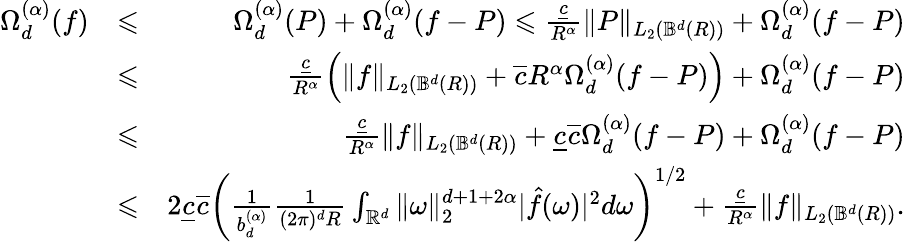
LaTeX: \begin{array}{rlr}{\Omega_{d}^{(\alpha)}(f)}&{\leqslant}&{\Omega_{d}^{(\alpha)}(P)+\Omega_{d}^{(\alpha)}(f-P)\leqslant\frac{\underline{{c}}}{R^{\alpha}}\| P\| _{L_{2}({\mathbb B}^{d}(R))}+\Omega_{d}^{(\alpha)}(f-P)}\\ &{\leqslant}&{\frac{\underline{{c}}}{R^{\alpha}}\Big(\| f\| _{L_{2}({\mathbb B}^{d}(R))}+\overline{{c}}R^{\alpha}\Omega_{d}^{(\alpha)}(f-P)\Big)+\Omega_{d}^{(\alpha)}(f-P)}\\ &{\leqslant}&{\frac{\underline{{c}}}{R^{\alpha}}\| f\| _{L_{2}({\mathbb B}^{d}(R))}+\underline{{c}}\overline{{c}}\Omega_{d}^{(\alpha)}(f-P)+\Omega_{d}^{(\alpha)}(f-P)}\\ &{\leqslant}&{2\underline{{c}}\overline{{c}}\bigg(\frac{1}{b_{d}^{(\alpha)}}\frac{1}{(2\pi)^{d}R}\int_{\mathbb{{R}}^{d}}\| \omega\| _{2}^{d+1+2\alpha}|\hat{f}(\omega)|^{2}d\omega\bigg)^{1/2}+\frac{\underline{{c}}}{R^{\alpha}}\| f\| _{L_{2}({\mathbb B}^{d}(R))}.}\end{array}